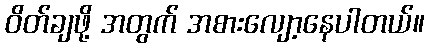
ဝိတ်ချဖို့ အတွက် အစားလျော့နေပါတယ်။